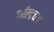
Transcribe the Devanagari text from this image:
ऑल्टच्या